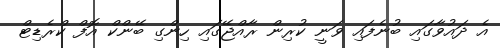
އެ ދައުވާގައި ބުނެފައި ވަނީ ކުރިން ރާއްޖޭގައި ހިންގި ބޭންކް އޮފް ކްރެޑިޓް